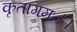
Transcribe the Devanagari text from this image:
कृतागमः।।